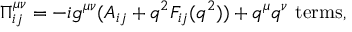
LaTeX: \Pi _ { i j } ^ { \mu \nu } = - i g ^ { \mu \nu } ( A _ { i j } + q ^ { 2 } F _ { i j } ( q ^ { 2 } ) ) + q ^ { \mu } q ^ { \nu } \ \mathrm { t e r m s } ,